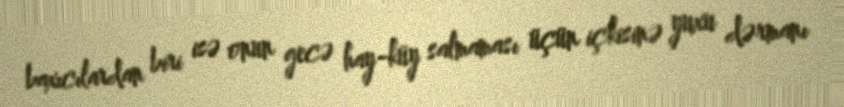
baxıcılardan biri isə onun gecə hay-küy salmaması üçün içkisinə yuxu dərmanı